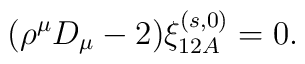
\bigl( \rho^{\mu} D_{\mu} - 2 \bigr) \xi^{(s,0)}_{12A} = 0.